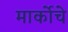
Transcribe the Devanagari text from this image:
मार्कोचे